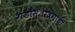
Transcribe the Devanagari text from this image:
गंडोस्तोत्रगाथा